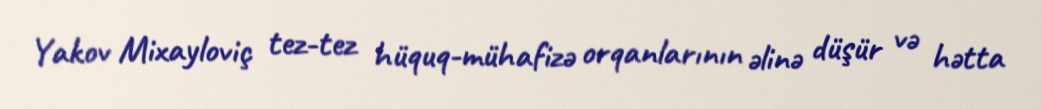
Yakov Mixayloviç tez-tez hüquq-mühafizə orqanlarının əlinə düşür və hətta